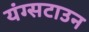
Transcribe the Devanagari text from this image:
यंग्सटाउन